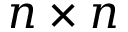
n \times n